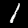
Label: 1